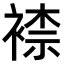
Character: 𧛮